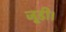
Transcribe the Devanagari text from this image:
जूडी।